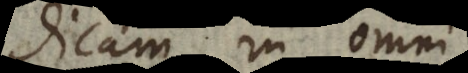
dicam in omni